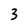
Character: 3